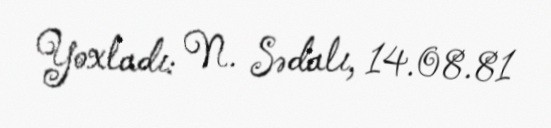
Yoxladı: N. Sədalı, 14.08.81